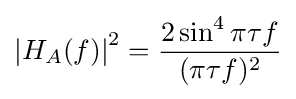
\left\vert H_{A}(f)\right\vert ^{2}={\frac {2\sin ^{4}\pi \tau f}{(\pi \tau f)^{2}}}